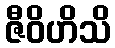
ဇီဝိဟိသိ